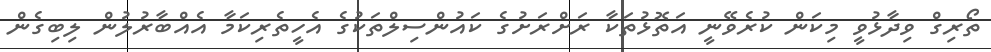
ތޯރިގް ވިދާޅުވީ މިކަން ކުރެވޭނީ އަތޮޅުތަކާ ރަށްރަށުގެ ކައުންސިލްތަކުގެ އެހީތެރިކަމާ އެއްބާރުލުން ލިބިގެން